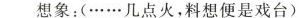
想象：(……几点火，料想便是戏台)